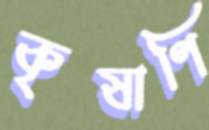
কৃষাণি